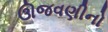
ઊજવણીનો